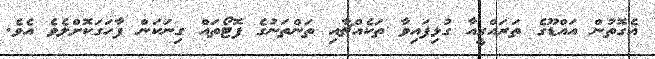
އެގޮތުން އައްޑޫގެ ތަރައްގީއާ ގުޅިފައިވާ ތަކެއްޗާއި ތަންތަނުގެ ފޮޓޯތައް ގިނަކަން ފާހަގަކޮށްލެވެ އެވެ.